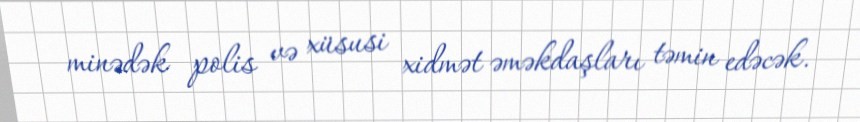
minədək polis və xüsusi xidmət əməkdaşları təmin edəcək.